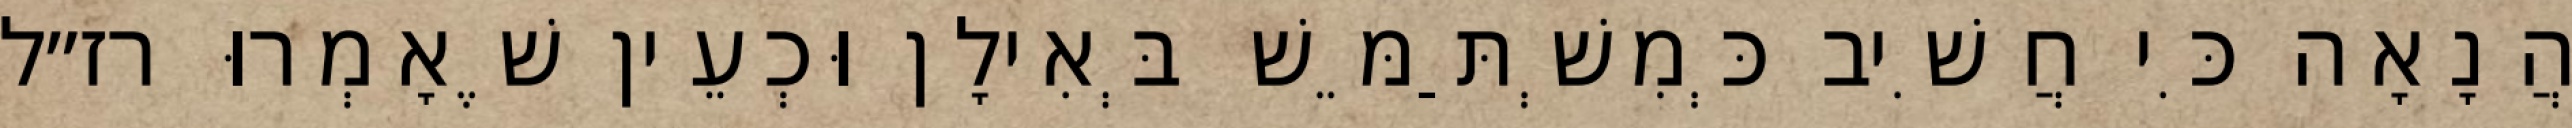
הֲנָאָה כִּי חֲשִׁיב כְּמִשְׁתַּמֵּשׁ בְּאִילָן וּכְעֵין שֶׁאָמְרוּ רז״ל